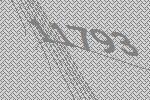
11793